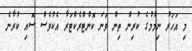
މި އަހަރު ނިމުމުގެ ކުރިން ތިން ވަނަ ކޮންޓްރެކްޓަރާ އެކުވެސް ސޮއި ކުރާނެ